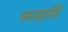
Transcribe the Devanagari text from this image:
फतहसि